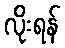
လိုးရန်